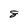
Character: 8